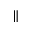
\Vert